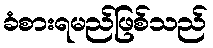
ခံစားရမည်ဖြစ်သည်